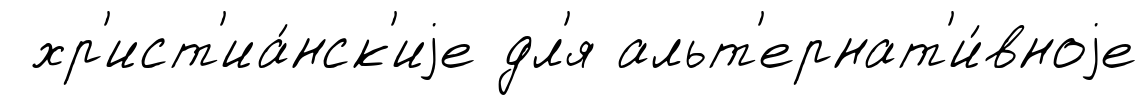
хр'ист'иа́нск'иjе дл'я альт'ернат'и́вноjе